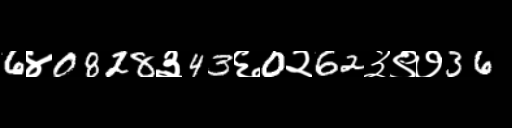
Text: 6४0828३43६0२62३९७36